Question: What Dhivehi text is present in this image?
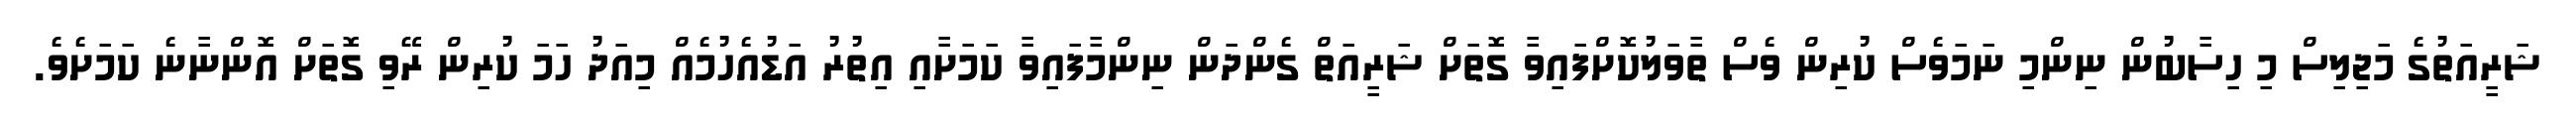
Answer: ޝަރީއަތުގެ މަޖިލިސް މި ހިސާބުން ނިންމި ނަމަވެސް ކުރިން ވެސް ތާވަލުކޮށްފައިވާ ގޮތަށް ޝަރީއަތް ގެންދަން ނިންމާފައިވާ ކަމަށާއި އިތުރު އަޑުއެހުމެއް މިއަދު ހަމަ ކުރިން ރޭވި ގޮތަށް އޮންނާނެ ކަމަށެވެ.